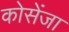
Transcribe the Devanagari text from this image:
कोसेंजा